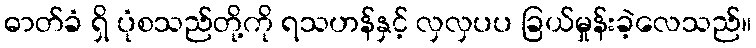
ဓာတ်ခံ ရှိ ပုံစသည်တို့ကို ရသဟန်နှင့် လှလှပပ ခြယ်မှုန်းခဲ့လေသည်။